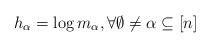
LaTeX: \begin{align*}{h_{\alpha}}=\log m_\alpha,\forall \emptyset\neq\alpha \subseteq [n]\end{align*}